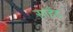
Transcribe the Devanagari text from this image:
साहेंद